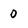
Character: 0